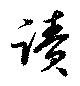
讀